Lunatic asylums in Bengal annual reports 1888-1898 - 1888-1898
Year: 1888
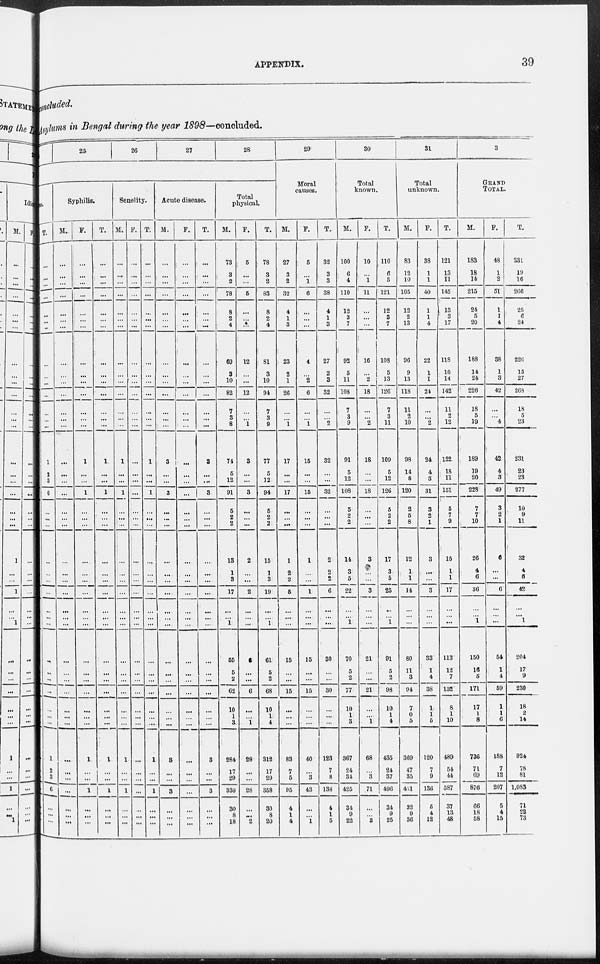
APPENDIX.
39
concluded.
Asylums in Bengal during the year 1898—concluded.
25
26
27
28
ss.
T.
...
...
...
...
...
...
...
...
...
...
...
...
...
...
1
2
3
6
...
...
...
...
...
...
...
...
...
...
...
...
...
...
...
...
...
1
2
3
6
...
...
...
Syphilis.
M.
...
...
...
...
...
...
...
...
...
...
...
...
...
...
...
...
...
...
...
...
...
...
...
...
...
...
...
...
...
...
...
...
...
...
...
...
...
...
...
...
...
...
F.
...
...
...
...
...
...
...
...
...
...
...
...
...
...
1
...
...
1
...
...
...
...
...
...
...
...
...
...
...
...
...
...
...
...
...
1
...
...
1
...
...
...
T.
...
...
...
...
...
...
...
...
...
...
...
...
...
...
1
...
...
1
...
...
...
...
...
...
...
...
...
...
...
...
...
...
...
...
...
1
...
...
1
...
...
...
Senelity.
M.
...
...
...
...
...
...
...
...
...
...
...
...
...
...
1
...
...
1
...
...
...
...
...
...
...
...
...
...
...
...
...
...
...
...
...
1
...
...
1
...
...
...
F.
...
...
...
...
...
...
...
...
...
...
...
...
...
...
...
...
...
...
...
...
...
...
...
...
...
...
...
...
...
...
...
...
...
...
...
...
...
...
...
...
...
...
T.
...
...
...
...
...
...
...
...
...
...
...
...
...
...
1
...
...
1
...
...
...
...
...
...
...
...
...
...
...
...
...
...
...
...
...
1
...
...
1
...
...
...
Acute disease.
M.
...
...
...
...
...
...
...
...
...
...
...
...
...
...
3
...
...
3
...
...
...
...
...
...
...
...
...
...
...
...
...
...
...
...
...
3
...
...
3
...
...
...
F.
...
...
...
...
...
...
...
...
...
...
...
...
...
...
...
...
...
...
...
...
...
...
...
...
...
...
...
...
...
...
...
...
...
...
...
...
...
...
...
...
...
...
T.
...
...
...
...
...
...
...
...
...
...
...
...
...
...
3
...
...
3
...
...
...
...
...
...
...
...
...
...
...
...
...
...
...
...
...
3
...
...
3
...
...
...
Total
physical.
M.
73
3
2
78
8
2
4
69
3
10
82
7
3
8
74
5
12
91
5
2
2
13
1
3
17
...
...
1
55
5
2
62
10
1
3
284
17
29
330
30
8
18
F.
5
...
...
5
...
...
...
12
...
...
12
...
...
1
3
...
...
3
...
...
...
2
...
...
2
...
...
...
6
...
...
6
...
...
1
28
...
...
28
...
...
2
T.
78
3
2
83
8
2
4
81
3
10
94
7
3
9
77
5
12
94
5
2
2
15
1
3
19
...
...
1
61
5
2
68
10
1
4
312
17
29
358
30
8
20
29
Moral
causes.
M.
27
3
2
32
4
1
3
23
2
1
26
...
...
1
17
...
...
17
...
...
...
1
2
2
5
...
...
...
15
...
...
15
...
...
...
83
7
5
95
4
1
4
F.
5
...
1
6
...
...
...
4
...
2
6
...
...
1
15
...
...
15
...
...
...
1
...
...
1
...
...
...
15
...
...
15
...
...
...
40
...
3
43
...
...
1
T.
32
3
3
38
4
1
3
27
2
3
32
...
...
2
32
...
...
32
...
...
...
2
2
2
6
...
...
...
30
...
...
30
...
...
...
123
7
8
138
4
1
5
30
Total
known.
M.
100
6
4
110
12
3
7
92
5
11
108
7
3
9
91
5
12
108
5
2
2
14
3
5
22
...
...
1
70
5
2
77
10
1
3
367
24
34
425
34
9
22
F.
10
...
1
11
...
...
...
16
...
2
18
...
...
2
18
...
...
18
...
...
...
3
...
...
3
...
...
...
21
...
...
21
...
...
1
68
...
3
71
...
...
3
T.
110
6
5
121
12
3
7
108
5
13
126
7
3
11
109
5
12
126
5
2
2
17
3
5
25
...
...
1
91
5
2
98
10
1
4
435
24
37
496
34
9
25
31
Total
unknown.
M.
83
12
10
105
12
2
13
96
9
13
118
11
2
10
98
14
8
120
2
5
8
12
1
1
14
...
...
...
80
11
3
94
7
0
5
369
47
35
451
32
9
36
F.
38
1
1
40
1
1
4
22
1
1
24
...
...
2
24
4
3
31
3
2
1
3
...
...
3
...
...
...
33
1
4
38
1
1
5
120
7
9
136
5
4
12
T.
121
13
11
145
13
3
17
118
10
14
142
11
2
12
122
18
11
151
5
7
9
15
1
1
17
...
...
...
113
12
7
132
8
1
10
489
54
44
587
37
13
48
32
GRAND
TOTAL.
M.
183
18
14
215
24
5
20
188
14
24
226
18
5
19
189
19
20
228
7
7
10
26
4
6
36
...
...
1
150
16
5
171
17
1
8
736
71
69
876
66
18
58
F.
48
1
2
51
1
1
4
38
1
3
42
...
...
4
42
4
3
49
3
2
1
6
...
...
6
...
...
...
54
1
4
59
1
1
6
188
7
12
207
5
4
15
T.
231
19
16
266
25
6
24
226
15
27
268
18
5
23
231
23
23
277
10
9
11
32
4
6
42
...
...
1
204
17
9
230
18
2
14
924
78
81
1,083
71
22
73